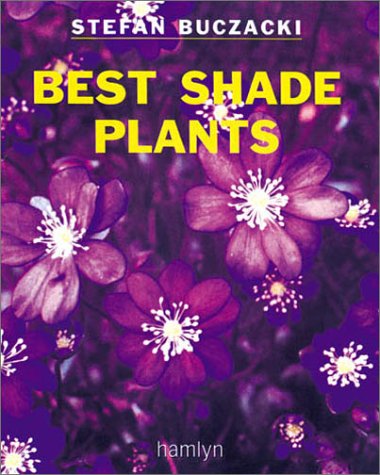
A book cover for Best Shade Plants ("Amateur Gardening" Guide); Stefan Buczacki; Crafts, Hobbies & Home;